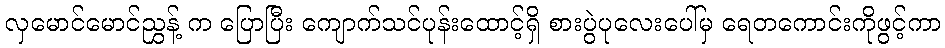
လှမောင်မောင်ညွှန့် က ပြောပြီး ကျောက်သင်ပုန်းထောင့်ရှိ စားပွဲပုလေးပေါ်မှ ရေတကောင်းကိုဖွင့်ကာ